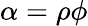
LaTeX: \alpha=\rho\phi